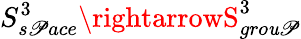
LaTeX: S_{s\mathscr{P}ace}^{3}\rightarrowS_{gro\mathit{u}\mathscr{P}}^{3}